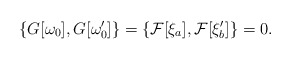
\begin{align*}\{G[\omega_0],G[\omega_0']\}= \{{\cal F}[\xi_a],{\cal F}[\xi_b']\}=0.\end{align*}